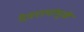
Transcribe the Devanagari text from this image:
देवरायांमुळे